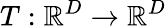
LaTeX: T:\mathbb{R}^{D}\to\mathbb{R}^{D}